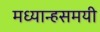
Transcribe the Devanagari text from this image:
मध्यान्हसमयी